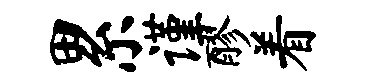
累谨醪着